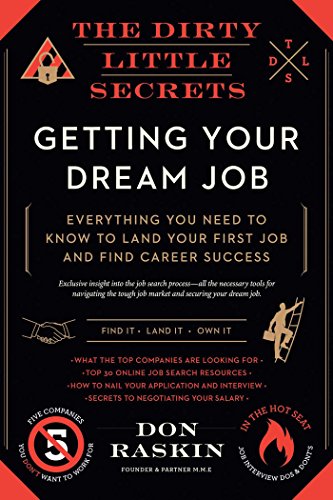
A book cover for The Dirty Little Secrets of Getting Your Dream Job; Don Raskin; Business & Money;